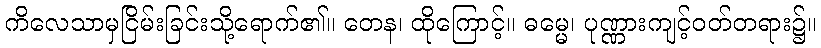
ကိလေသာမှငြိမ်းခြင်းသို့ရောက်၏။ တေန၊ ထိုကြောင့်။ ဓမ္မေ၊ ပုဏ္ဏားကျင့်ဝတ်တရား၌။